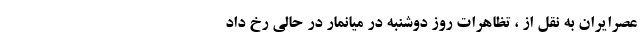
عصرایران به نقل از ، تظاهرات روز دوشنبه در میانمار در حالی رخ داد